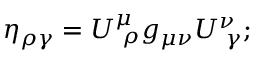
\eta _ { \rho \gamma } = U _ { \, \, \rho } ^ { \mu } g _ { \mu \nu } U _ { \, \, \gamma } ^ { \nu } ;